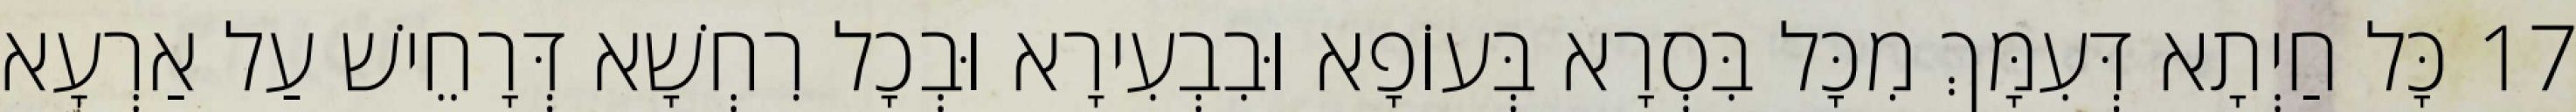
17 כָּל חַיְתָא דְּעִמָּךְ מִכָּל בִּסְרָא בְּעוֹפָא וּבִבְעִירָא וּבְכָל רִחְשָׁא דְּרָחֵישׁ עַל אַרְעָא